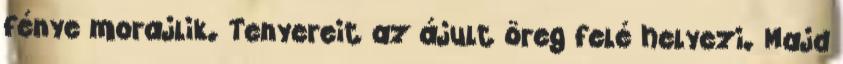
fénye morajlik. Tenyereit az ájult öreg felé helyezi. Majd